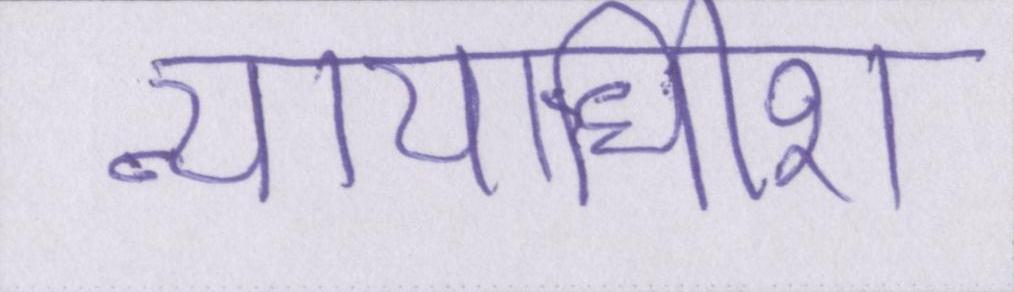
न्यायाधीश